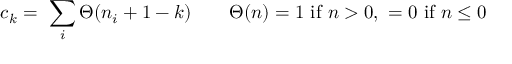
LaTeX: c _ { k } = \ \sum _ { i } \Theta ( n _ { i } + 1 - k ) \qquad \Theta ( n ) = 1 \mathrm { ~ i f ~ } n > 0 , \ = 0 \mathrm { ~ i f ~ } n \leq 0